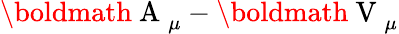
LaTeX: \mathrm{\boldmath~A~}_{\mu}-\mathrm{\boldmath~V~}_{\mu}